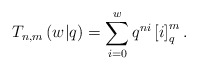
\begin{align*}T_{n,m}\left(w|q\right)=\sum_{i=0}^{w}q^{ni}\left[i\right]_{q}^{m}.\end{align*}